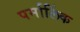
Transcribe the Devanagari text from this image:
पर्मालिंक